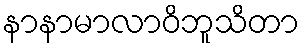
နာနာမာလာဝိဘူသိတာ